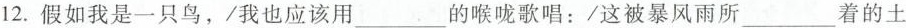
12.假如我是一只鸟，/我也应该用___的喉咙歌唱：/这被暴风雨所___着的土